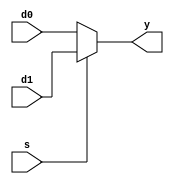
`timescale 1ns / 1ps
//////////////////////////////////////////////////////////////////////////////////
// Company: 
// Engineer: 
// 
// Design Name: 
// Module Name:    mux2 
// Project Name: 
// Target Devices: 
// Tool versions: 
// Description: 
//
// Dependencies: 
//
// Revision: 
// Revision 0.01 - File Created
// Additional Comments: 
//
//////////////////////////////////////////////////////////////////////////////////
module mux2 #(parameter WIDTH = 8)
				(input wire [WIDTH-1:0] d0, d1,
				input wire s,
				output wire [WIDTH-1:0] y);
				
				assign y = s ? d1 : d0;
endmodule